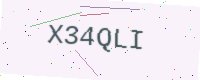
Text: X34QLI